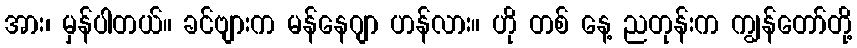
အား၊ မှန်ပါတယ်။ ခင်ဗျားက မန်နေဂျာ ဟန်လား။ ဟို တစ် နေ့ ညတုန်းက ကျွန်တော်တို့